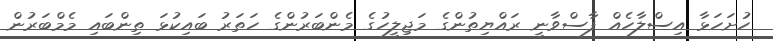
ހުށަހަޅާ އިސްލާހެއް ފާސްވާނީ ރައްޔިތުންގެ މަޖިލީހުގެ މެންބަރުންގެ ހަތަރު ބައިކުޅަ ތިންބައި މެމްބަރުން